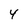
Character: 4